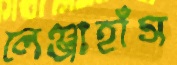
লেঞ্জাহাঁস